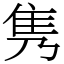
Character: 隽